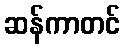
ဆန်ကာတင်